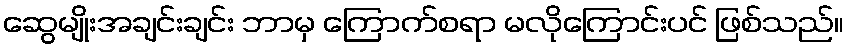
ဆွေမျိုးအချင်းချင်း ဘာမှ ကြောက်စရာ မလိုကြောင်းပင် ဖြစ်သည်။